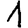
Digit: 1